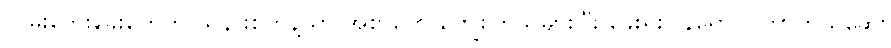
လမ်းဘေးခွေးတွေကို သနားစိတ်နဲ့သာ အစာတွေ ကျွေးကြသူများပြီး ခွေးရူးပြန်ရောဂါ ကာကွယ်ဆေး